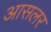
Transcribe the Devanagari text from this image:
आसलर